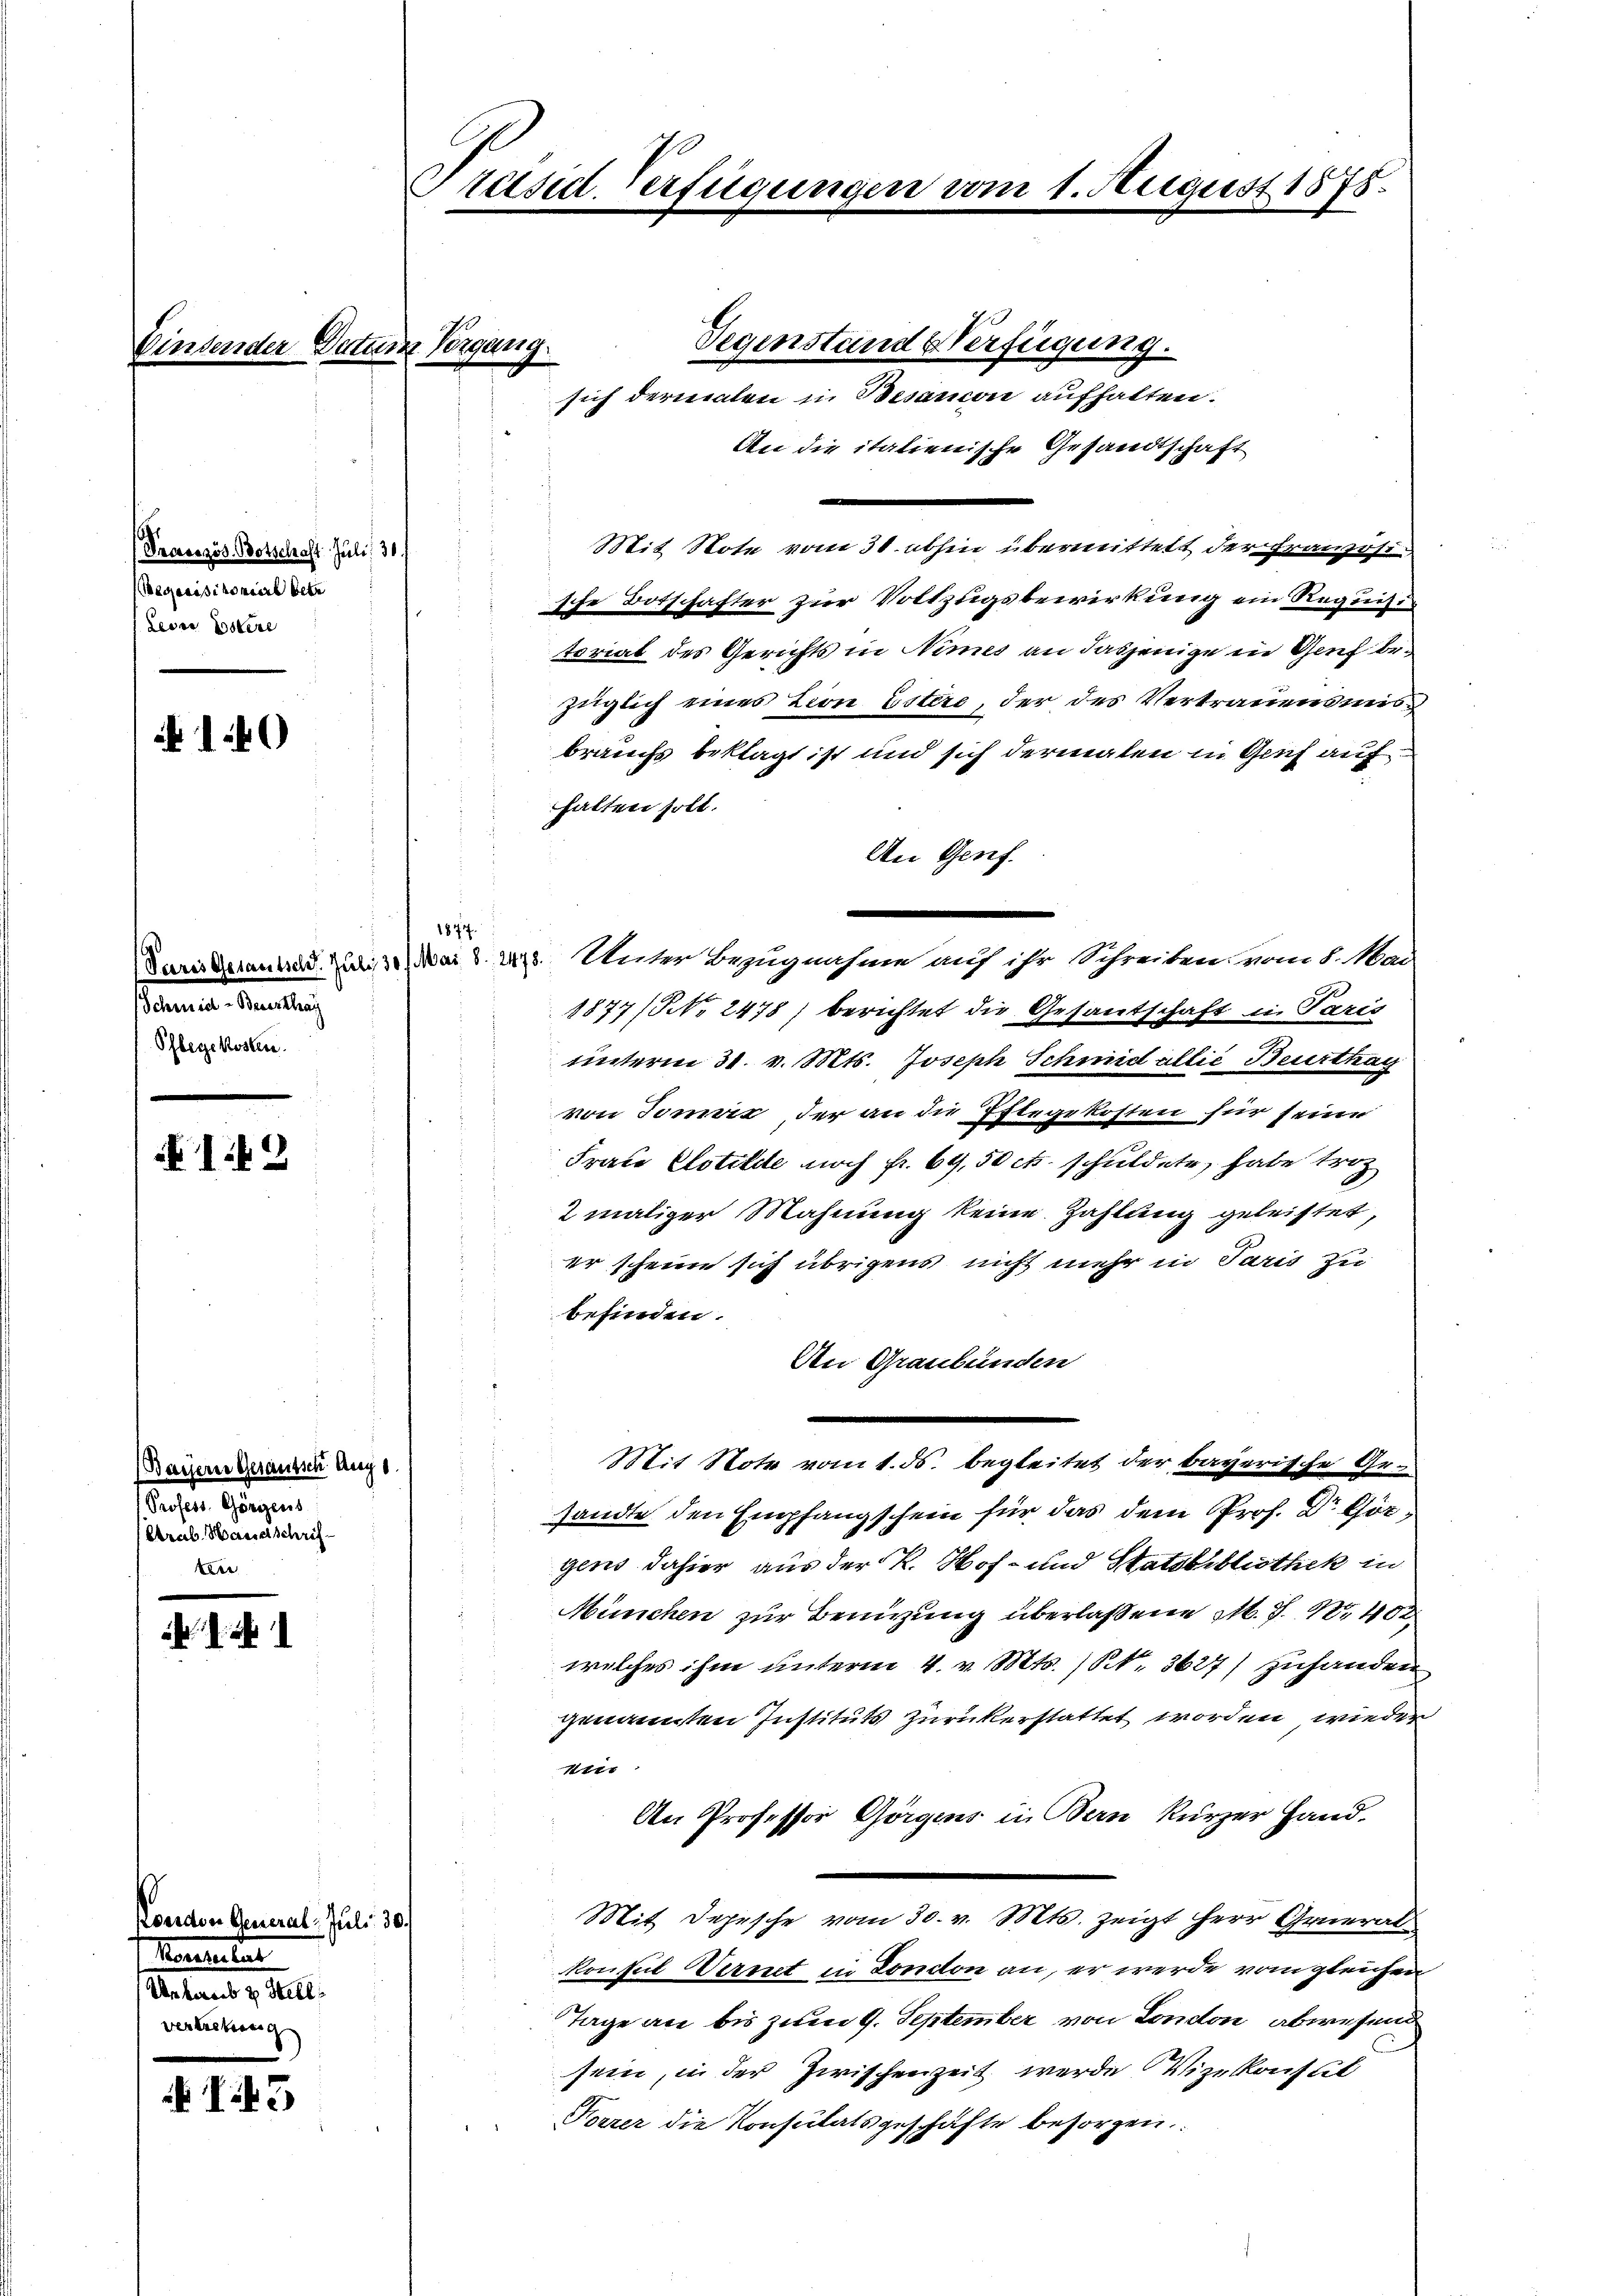
An

Prasezös. Botschaft Juli 31
Beganischoniert betr
Leder Estere

140

stamenten Manten,
Pflegekosten.

149

(Bayern Geraussche Augs
Profess. Görgens
Grab. Häuserschrifter

I43

Koerden General- Juli 30
Marientar
Untaus z. Hell
vertretung

Präsid. Verfügungen vom 1. August 1878.

Datum Vergang

1877.

Gegenstand Verfügung.
sich dermalen in Besancon aufhalten.
An die italienische Gesandtschaft
.
Mit Note vom 30. abhin übermittelt der Französische Botschafter zur Vollzugsbewirkung ein Requisi
toriat des Gerichts in Nimes an dasjenige in Genf bezüglich eines Leon Estere, der des Vertrauensmis
brauchs beklagt ist und sich dermalen in Genf aufhalten soll.
An Genf.
Paris derantrag. Juli 31. Mai d. 1473. Unter Bezugnahme auf ihr Schreiben vom 8. Mai
1877/NNo. 2478) berichtet die Gesantschaft in Paris
unterm 31. v. Mts. Joseph Schmid allie Beurthag
von Tomvić, der an die Pflegekosten für seiner
Frau Clotilde noch fr. 69,50 cts. schuldete, habe trot
11
2 maliger Mahnung keine Zahlung geleistet,
er scheine sich übrigens nicht mehr in Paris zu
befinden.
An Graubünden
Mit Note vom 1. ds. begleitet der bayerische Gr.
sandte den Empfangschein für das dem Prof. Dr Görgens dahier aus der K. Hof- und Statsbibliothek in
München zur Benutzung überlassene M. J. N. 402
welches ihm unterm 4. v. Mts. (S. 3627) zuhanden
genannten Instituts zurückerstattet worden wieder
Über
An Professor Görgens in Bern kürzer Hand.
Mit Depesche vom 30. v. Mts. zeigt Herr General-
konsul Wernet in London an, er werde vom gleichen
Tage an bis zum 9. September von London abwesend
sein, in der Zwischenzeit werde Vizekonsul
Forrer die Konsulatsgeschäfte besorgen